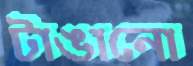
টাঙানো